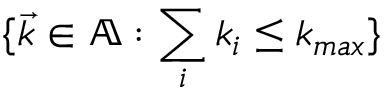
\{ \Vec { k } \in \mathbb { A } : \sum _ { i } k _ { i } \leq k _ { m a x } \}